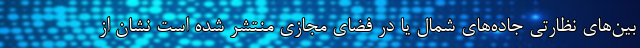
بین‌های نظارتی جاده‌های شمال یا در فضای مجازی منتشر شده است نشان از